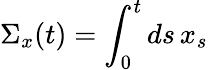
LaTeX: \Sigma_{x}(t)=\int_{0}^{t}ds\, x_{s}